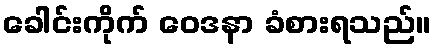
ခေါင်းကိုက် ဝေဒနာ ခံစားရသည်။